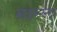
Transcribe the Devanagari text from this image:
सदाऽनन्दः